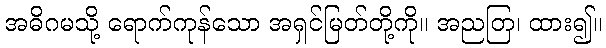
အဓိဂမသို့ ရောက်ကုန်သော အရှင်မြတ်တို့ကို။ အညတြ၊ ထား၍။